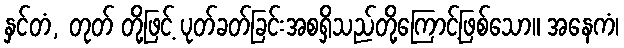
နှင်တံ, တုတ် တို့ဖြင့် ပုတ်ခတ်ခြင်းအစရှိသည်တို့ကြောင့်ဖြစ်သော။ အနေကံ၊